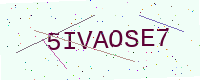
Text: 5IVAOSE7